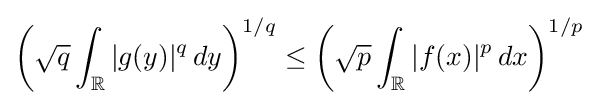
\left({\sqrt {q}}\int _{\mathbb {R} }|g(y)|^{q}\,dy\right)^{1/q}\leq \left({\sqrt {p}}\int _{\mathbb {R} }|f(x)|^{p}\,dx\right)^{1/p}